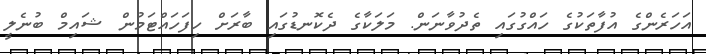
އަހަރެންގެ އުފާތަކުގެ ހައްގުގައި ތެދުވާނަން. މަލަކާގެ ދެކޮނޑުގައި ބާރަށް ހިފަހައްޓަމުން ޝައިމް ބުނެލީ